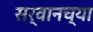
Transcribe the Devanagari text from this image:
सर्वानच्या